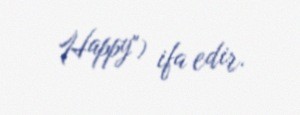
Happy") ifa edir.